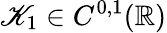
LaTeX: \mathscr{K}_{1}\in C^{0,1}(\mathbb{R})